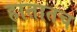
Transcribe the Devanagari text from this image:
हातातच